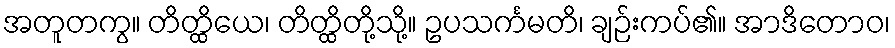
အတူတကွ။ တိတ္ထိယေ၊ တိတ္ထိတို့သို့။ ဥပသင်္ကမတိ၊ ချဉ်းကပ်၏။ အာဒိတောဝ၊